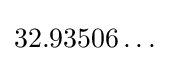
32.93506\ldots